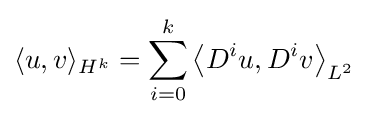
\langle u,v\rangle _{H^{k}}=\sum _{i=0}^{k}\left\langle D^{i}u,D^{i}v\right\rangle _{L^{2}}